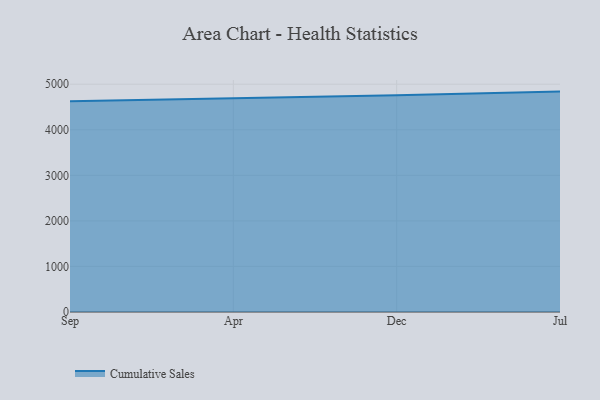
{"axis": {"x": "Month", "y": "Churn Rate (%)"}, "legend": ["Cumulative Sales"], "data": [{"x": "Sep", "y": 4627.1, "type": "Cumulative Sales"}, {"x": "Apr", "y": 4687.8, "type": "Cumulative Sales"}, {"x": "Dec", "y": 4758.8, "type": "Cumulative Sales"}, {"x": "Jul", "y": 4838.8, "type": "Cumulative Sales"}]}